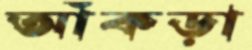
আঁকড়া